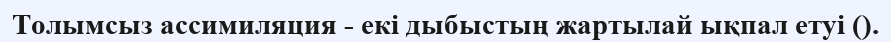
Толымсыз ассимиляция - екі дыбыстың жартылай ықпал етуі ().